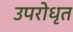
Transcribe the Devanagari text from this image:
उपरोधृत